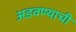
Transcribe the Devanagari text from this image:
अडवण्याची